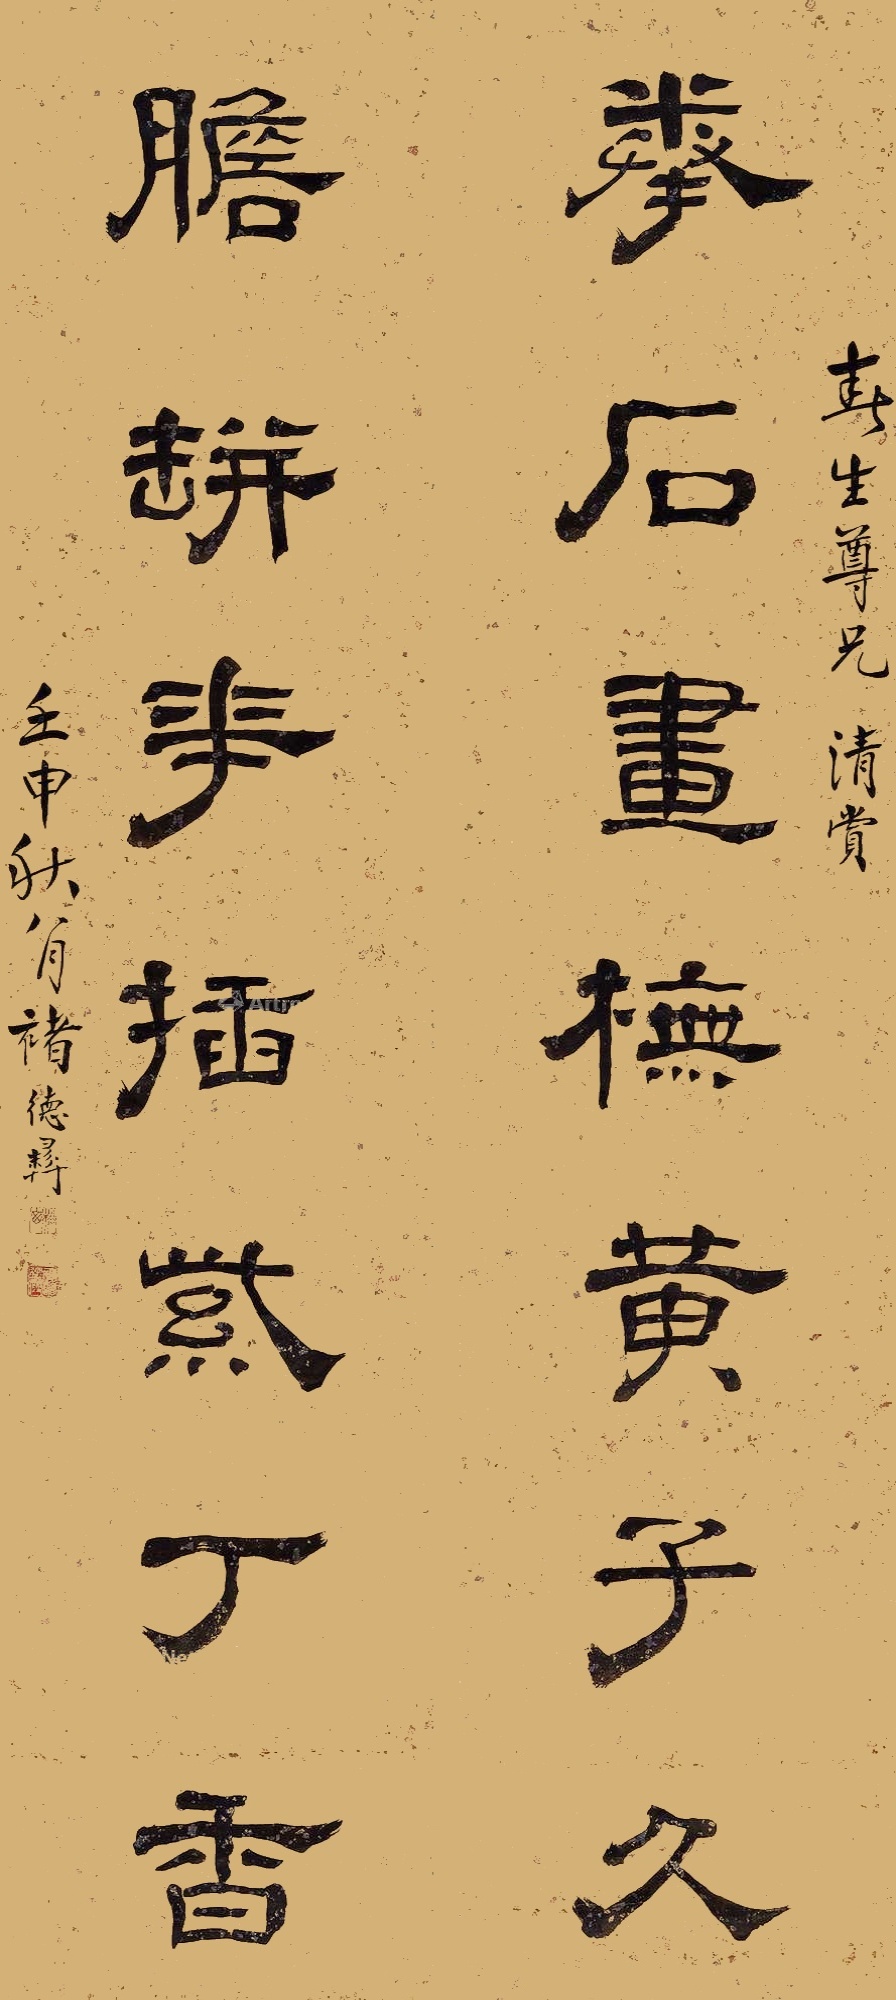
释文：拳石画橅黄子久，胆瓶花插紫丁香。春生尊兄清赏。壬申秋八月，褚德彝。